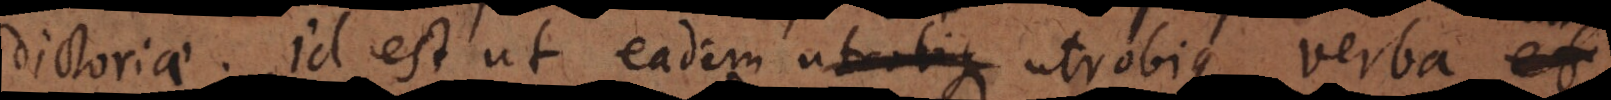
ictoriae, id est, ut eadem sint utrobique verba et